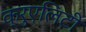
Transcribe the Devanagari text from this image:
क्रुएलिटी